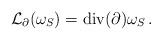
LaTeX: \begin{align*}\mathcal L_\partial(\omega_S) = \mathrm{div}(\partial)\omega_S\,.\end{align*}